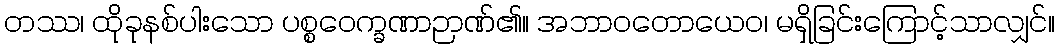
တဿ၊ ထိုခုနစ်ပါးသော ပစ္စဝေက္ခဏာဉာဏ်၏။ အဘာဝတောယေဝ၊ မရှိခြင်းကြောင့်သာလျှင်။